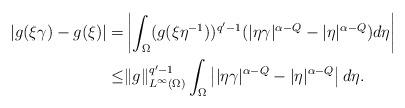
LaTeX: \begin{align*} |g(\xi\gamma)-g(\xi)|=&\left| \int_\Omega (g(\xi\eta^{-1}))^{q'-1} (|\eta\gamma|^{\alpha-Q} -|\eta|^{\alpha-Q}) d\eta\right|\\ \leq &\|g\|_{L^\infty(\Omega)}^{q'-1} \int_\Omega \left| |\eta\gamma|^{\alpha-Q} -|\eta|^{\alpha-Q}\right| d\eta.\end{align*}